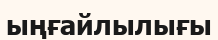
ыңғайлылығы